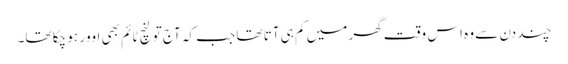
چند دن سے وہ اس وقت گھر میں کم ہی آتا تھا جب کہ آج تو لنچ ٹائم بھی اوور ہو چکا تھا۔